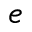
^ e